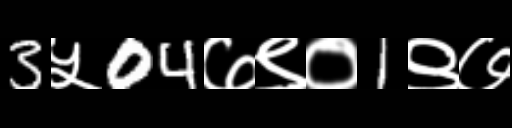
Text: 3५04७९०1९७